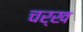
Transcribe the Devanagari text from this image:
चर्ख